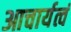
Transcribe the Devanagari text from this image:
आचार्यत्वं